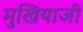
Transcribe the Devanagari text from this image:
मुखियाजी